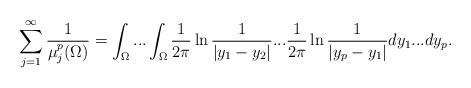
\begin{align*}\sum_{j=1}^{\infty}\frac{1}{\mu_{j}^{p}(\Omega)}=\int_{\Omega}...\int_{\Omega}\frac{1}{2\pi}\ln\frac{1}{|y_{1}-y_{2}|}...\frac{1}{2\pi}\ln\frac{1}{|y_{p}-y_{1}|}dy_{1}...dy_{p}.\end{align*}